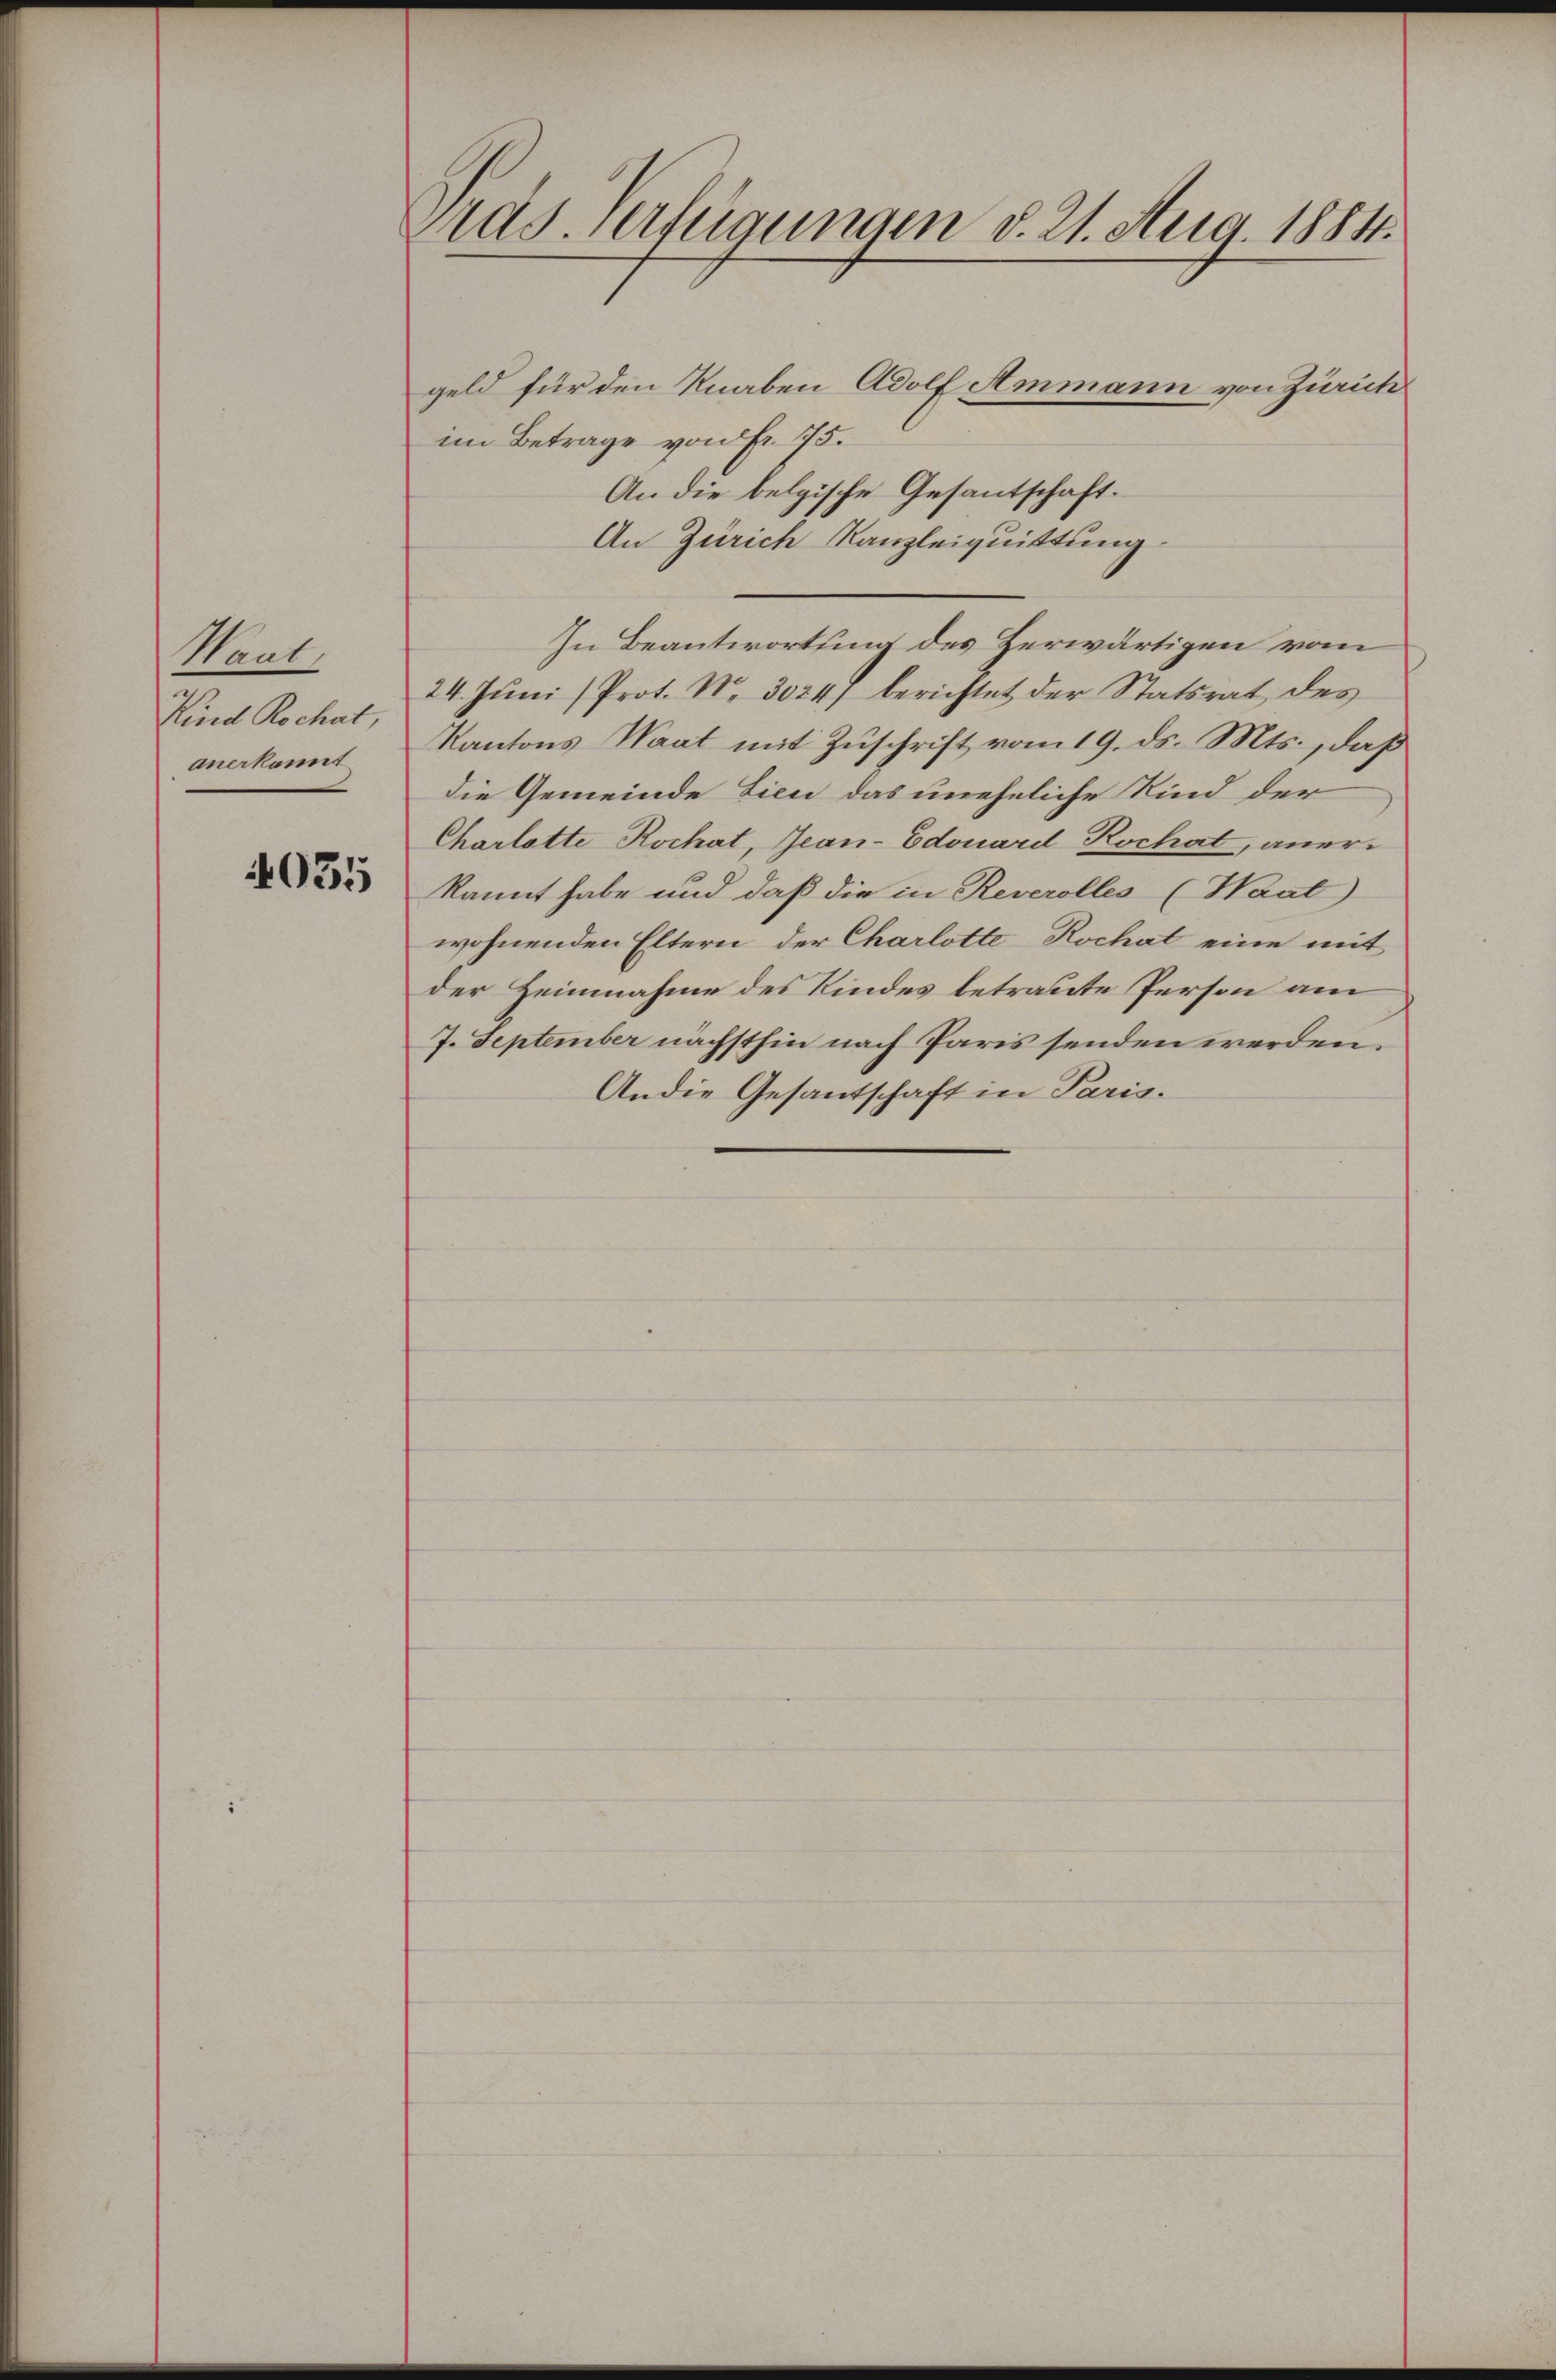
Waat.
Kind Rochat,
anerkannt

4035

Pras. Verfügungen d. 21. Aug. 1884.

geld für den Knaben Adolf Ammann von Zürich
im Betrage von Fr. 75.
An die belgische Gesantschaft.
An Zürich Kanzleiquittung.
24. Jŭni (Prot. N. 3024) berichtet der Statsrat des
Kantons Waat mit Zuschrift vom 19. ds. Mts., daß
die Gemeinde Lieu das uneheliche Kind der
Charlotte Rochat, Jean-Edouard Kochat, aner-
kannt habe und daß die in Reverolles (Waat
wohnenden Eltern der Charlotte Rochat eine mit
der Heinnahme des Kindes betraute Person am
7. September nächsthin nach Paris senden werden.
Andie Gesantschaft in Paris.

In Beantwortung des Herwärtigen vom